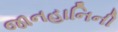
જાનહાનિની